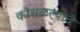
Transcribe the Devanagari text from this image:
कोसळल्याचे